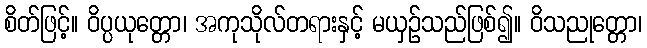
စိတ်ဖြင့်။ ဝိပ္ပယုတ္တော၊ အကုသိုလ်တရားနှင့် မယှဉ်သည်ဖြစ်၍။ ဝိသညုတ္တော၊